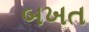
બખત